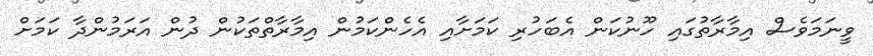
ވީނަމަވެސް އިމާރާތުގައި ހޫނުކަން އެބަހުރި ކަމަށާއި އެހެންކަމުން އިމާރާތްތަކުން ދުން އަރަމުންދާ ކަމަށް